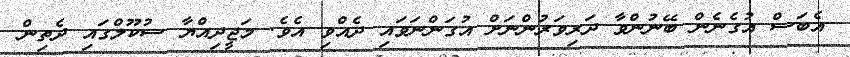
އެބަސް އުގެނެން ބޭނުންވާ ދަރިވަރުންނަށް އުގަންނަވައި ދެއްވި އެވެ. މަޖީދިއްޔާ ސުކޫލްގައި ދެތިން